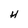
Character: H